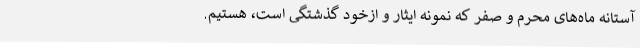
آستانه ماه‌های محرم و صفر که نمونه ایثار و ازخود گذشتگی است، هستیم.